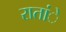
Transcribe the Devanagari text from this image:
रातांे